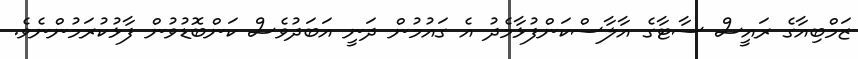
ޒަމްބިއާގެ ރައީސް ސާޓާގެ އާލާސްކަންފުޅާމެދު އެ ގައުމުން ދަނީ އަބަދުވެސް ކަންބޮޑުވުން ފާޅުކުރަމުންނެވެ.